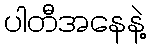
ပါတီအနေနဲ့